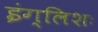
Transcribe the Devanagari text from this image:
इंग्लिशः